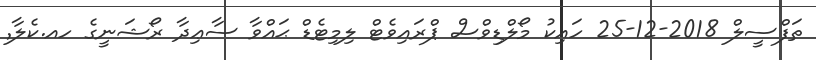
ތަފްސީލް 2018-12-25 ހައިކު މޯލްޑިވްސް ޕްރައިވެޓް ލިމިޓެޑް ޙައްވާ ސާޢިދާ ރޯޝަނީގެ ހއ.ކެލާ